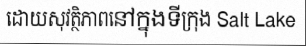
ដោយសុវត្ថិភាពនៅក្នុងទីក្រុង Salt Lake